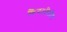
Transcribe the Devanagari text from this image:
किया।दिलीप